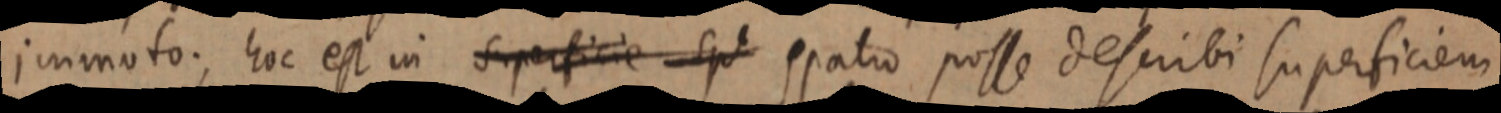
immoto; hoc est in superficie spt spatio posse describi superficiem